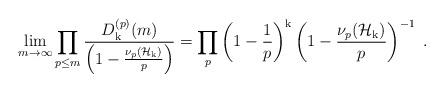
LaTeX: \begin{align*}\lim_{m\rightarrow\infty}\prod_{p\leq m} \frac{D_{\mathrm{k}}^{(p)}(m)}{\left(1-\frac{\nu_p(\mathcal{H}_{\mathrm{k}})}{p}\right)}=\prod_p\left(1-\frac{1}{p}\right)^{{\mathrm{k}}}\left(1-\frac{\nu_p(\mathcal{H}_{\mathrm{k}})}{p}\right)^{-1}\;.\end{align*}